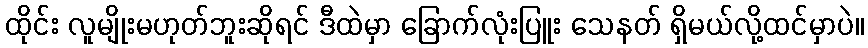
ထိုင်း လူမျိုးမဟုတ်ဘူးဆိုရင် ဒီထဲမှာ ခြောက်လုံးပြူး သေနတ် ရှိမယ်လို့ထင်မှာပဲ။